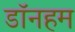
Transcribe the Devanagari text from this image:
डॉनहम